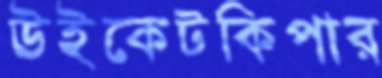
উইকেটকিপার